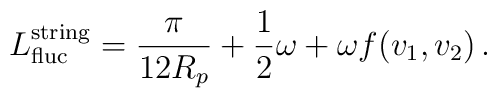
L_{{\rm fluc}}^{{\rm string}} = \frac{\pi}{12R_p} + \frac{1}{2} \omega+ \omega f(v_1, v_2) \,.